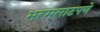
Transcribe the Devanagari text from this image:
भरमसाटपणे